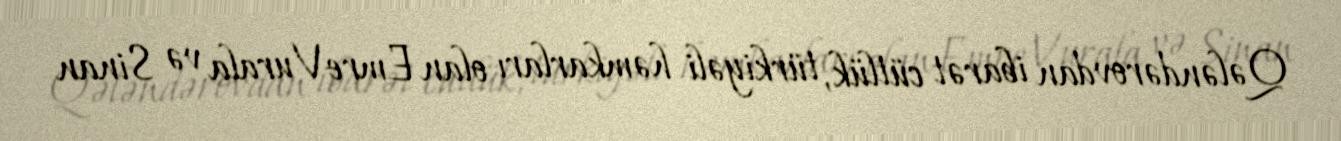
Qələndərovdan ibarət cütlük, türkiyəli həmkarları olan Emre Vurala və Sinan